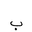
Letter: _ba